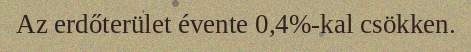
Az erdőterület évente 0,4%-kal csökken.